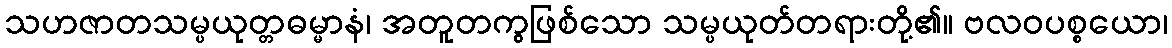
သဟဇာတသမ္ပယုတ္တဓမ္မာနံ၊ အတူတကွဖြစ်သော သမ္ပယုတ်တရားတို့၏။ ဗလဝပစ္စယော၊